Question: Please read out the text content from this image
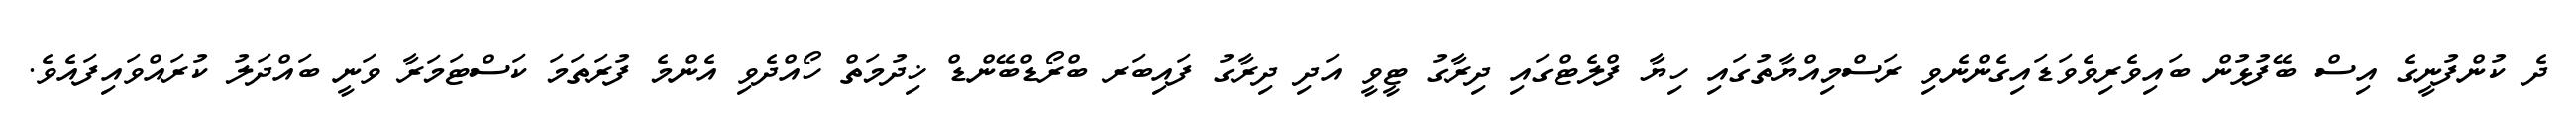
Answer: ދެ ކުންފުނީގެ އިސް ބޭފުޅުން ބައިވެރިވެވަޑައިގެންނެވި ރަސްމިއްޔާތުގައި ހިޔާ ފްލެޓްގައި ދިރާގު ޓީވީ އަދި ދިރާގު ފައިބަރ ބްރޯޑްބޭންޑް ޚިދުމަތް ހޯއްދެވި އެންމެ ފުރަތަމަ ކަސްޓަމަރާ ވަނީ ބައްދަލު ކުރައްވައިފައެވެ.